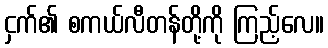
ငှက်၏ စကယ်လီတန်တို့ကို ကြည့်လေ။